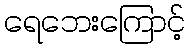
ရေဘေးကြောင့်